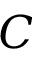
C